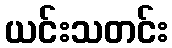
ယင်းသတင်း